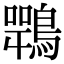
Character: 𪄍